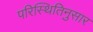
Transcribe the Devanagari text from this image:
परिस्थितिनुसार